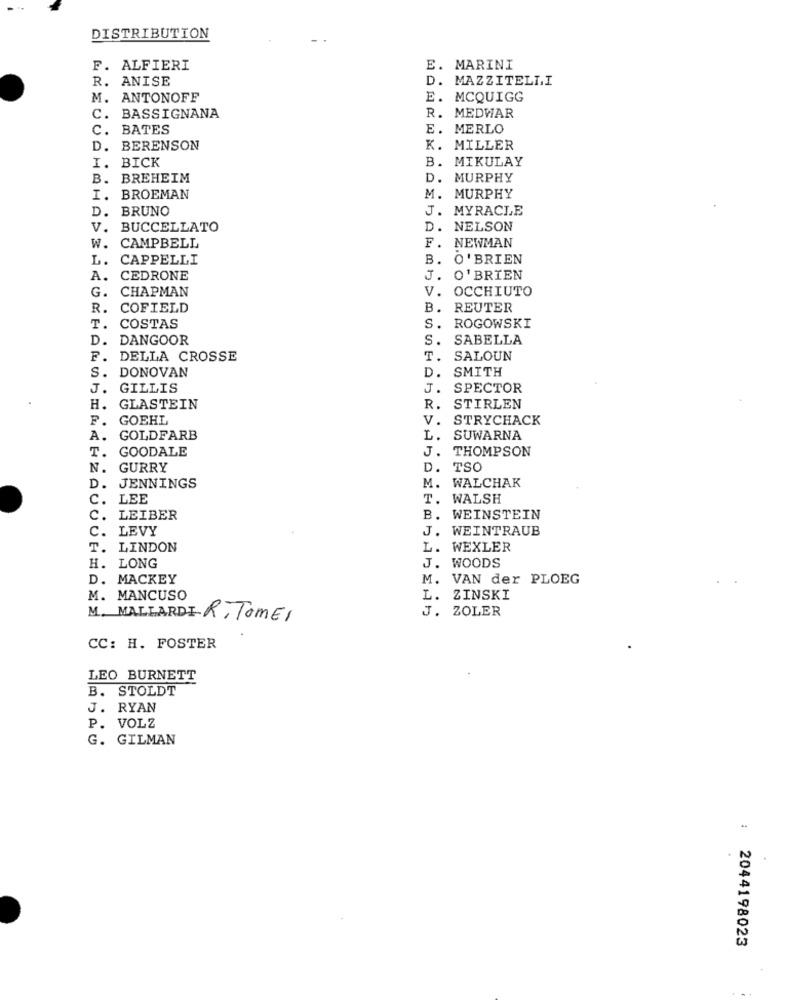
DISTRIBUTION
F. ALFIERI
E. MARINI
R. ANISE
D. MAZZITELLI
M. ANTONOFF
E. MCQUIGG
C.
BASSIGNANA
R. MEDWAR
C.
BATES
E. MERLO
D.
BERENSON
K. MILLER
I.
BICK
B. MIKULAY
B.
BREHEIM
D. MURPHY
I.
BROEMAN
M. MURPHY
D.
BRUNO
J. MYRACLE
V.
BUCCELLATO
D. NELSON
W.
F.
NEWMAN
CAMPBELL
L.
CAPPELLI
B.
O'BRIEN
A.
CEDRONE
J.
O'BRIEN
G.
CHAPMAN
V.
OCCHIUTO
R.
COFIELD
B.
REUTER
T.
COSTAS
S.
ROGOWSKI
D.
DANGOOR
S.
SABELLA
DELLA CROSSE
T.
SALOUN
DONOVAN
D.
SMITH
s.
J.
GILLIS
J.
SPECTOR
H.
GLASTEIN
R
STIRLEN
F.
GOEHL
V.
STRYCHACK
A.
GOLDFARB
L. SUWARNA
T.
GOODALE
J. THOMPSON
N.
GURRY
D. TSO
M. WALCHAK
D.
JENNINGS
C. LEE
T. WALSH
C. LEIBER
B. WEINSTEIN
C. LEVY
J. WEINTRAUB
T. LINDON
L. WEXLER
H. LONG
J. WOODS
D. MACKEY
M. VAN der PLOEG
M. MANCUSO
L.
ZINSKI
J. ZOLER
M. MALLARDIR, TOMEI
CC: H. FOSTER
LEO BURNETT
B. STOLDT
J. RYAN
P. VOLZ
G. GILMAN
2044198023